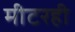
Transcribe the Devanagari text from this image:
मीटरही